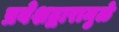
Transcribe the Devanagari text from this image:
प्रवेशद्वारामुळे